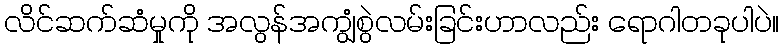
လိင်ဆက်ဆံမှုကို အလွန်အကျွံစွဲလမ်းခြင်းဟာလည်း ရောဂါတခုပါပဲ။